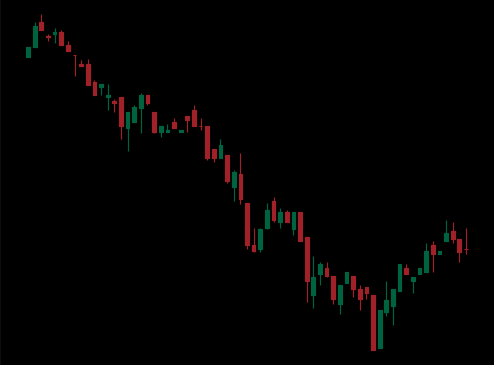
Pattern: bull_flag